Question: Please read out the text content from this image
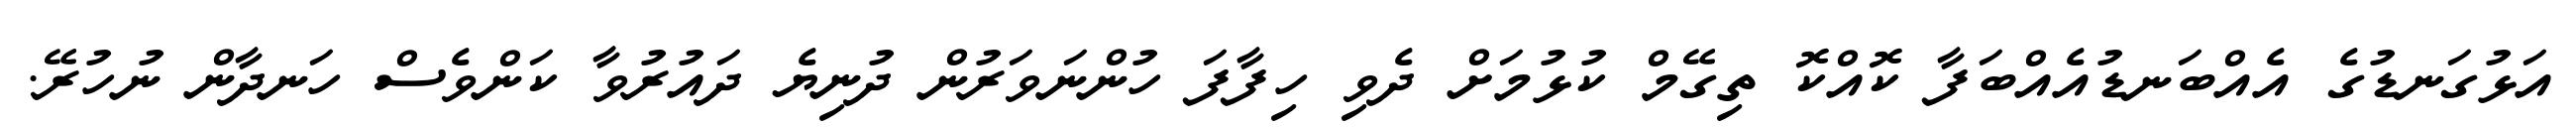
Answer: އަޅުގަނޑުގެ އެއްބަނޑުއެއްބަފާ ކޮއްކޮ ތިގޭމް ކުޅުމަށް ދެވި ހިފާފަ ހުންނަވަރުން ދުނިޔެ ދައުރުވާ ކަންވެސް ހަނދާން ނުހުރޭ.